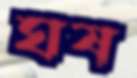
ঘষ